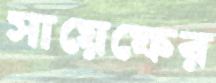
সায়েফের